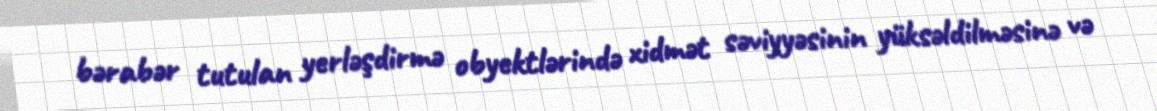
bərabər tutulan yerləşdirmə obyektlərində xidmət səviyyəsinin yüksəldilməsinə və